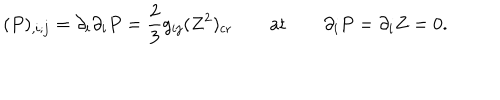
( P ) _ { , i ; j } = \partial _ { i } \partial _ { i } P = { \frac { 2 } { 3 } } g _ { i j } ( Z ^ { 2 } ) _ { \mathrm { c r } } \qquad \mathrm { a t } \qquad \partial _ { i } P = \partial _ { i } Z = 0 .